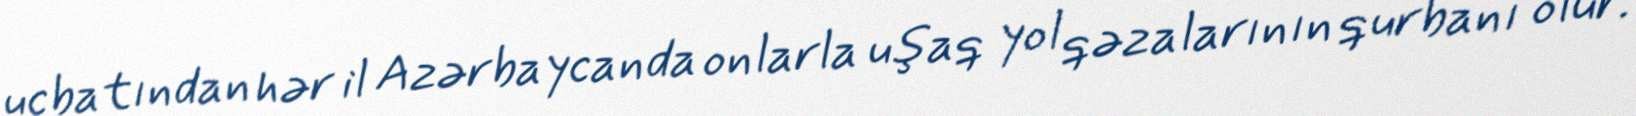
ucbatından hər il Azərbaycanda onlarla uşaq yol qəzalarının qurbanı olur.